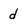
Character: d